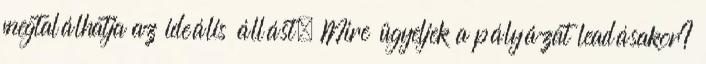
megtalálhatja az ideális állást. Mire ügyeljek a pályázat leadásakor?